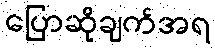
ပြောဆိုချက်အရ